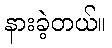
နားခဲ့တယ်။